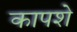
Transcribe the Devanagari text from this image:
कापशे